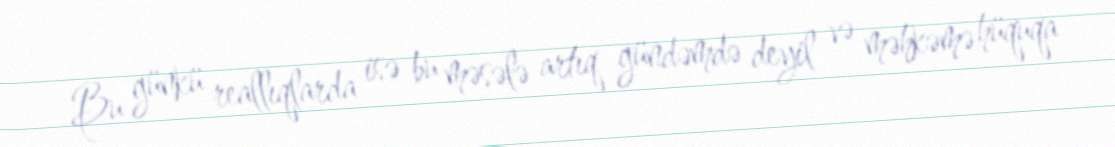
Bu günkü reallıqlarda isə bu məsələ artıq gündəmdə deyil və məhkəmə hüquqa